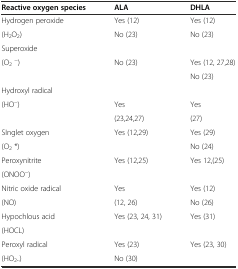
<table><thead><tr><td><b>Reactive oxygen species</b></td><td><b>ALA</b></td><td><b>DHLA</b></td></tr></thead><tbody><tr><td>Hydrogen peroxide</td><td>Yes (12)</td><td>Yes (12)</td></tr><tr><td>(H<sub>2</sub>O<sub>2</sub>)</td><td>No (23)</td><td>No (23)</td></tr><tr><td>Superoxide</td><td></td><td></td></tr><tr><td rowspan="2">(O<sub>2</sub><sup>-</sup>)</td><td>No (23)</td><td>Yes (12, 27,28)</td></tr><tr><td></td><td>No (23)</td></tr><tr><td>Hydroxyl radical</td><td></td><td></td></tr><tr><td rowspan="2">(HO<sup>-</sup>)</td><td>Yes</td><td>Yes</td></tr><tr><td>(23,24,27)</td><td>(27)</td></tr><tr><td>SInglet oxygen</td><td>Yes (12,29)</td><td>Yes (29)</td></tr><tr><td>(O<sub>2</sub> *)</td><td></td><td>No (24)</td></tr><tr><td>Peroxynitrite</td><td rowspan="2">Yes (12,25)</td><td rowspan="2">Yes 12,(25)</td></tr><tr><td>(ONOO<sup>-</sup>)</td></tr><tr><td>Nitric oxide radical</td><td>Yes</td><td>Yes (12)</td></tr><tr><td>(NO)</td><td>(12, 26)</td><td>No (26)</td></tr><tr><td>Hypochlous acid</td><td rowspan="2">Yes (23, 24, 31)</td><td rowspan="2">Yes (31)</td></tr><tr><td>(HOCL)</td></tr><tr><td>Peroxyl radical</td><td>Yes (23)</td><td>Yes (23, 30)</td></tr><tr><td>(HO<sub>2</sub>..)</td><td>No (30)</td><td></td></tr></tbody></table>